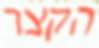
הקצר